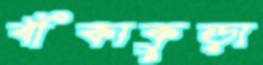
বাঁকাকুড়া